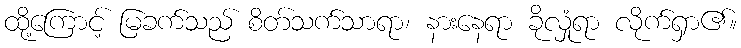
ထို့ကြောင့် မြခက်သည် စိတ်သက်သာရာ၊ နားနေရာ ခိုလှုံရာ လိုက်ရှာ၏။